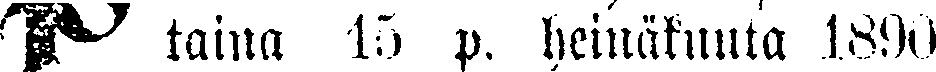
# taina 15 p. heinäkuuta 1890